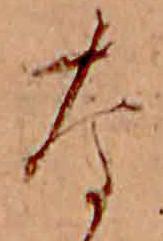
な